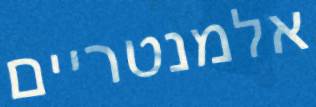
אלמנטריים